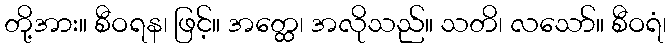
တို့အား။ စီဝရန၊ ဖြင့်။ အတ္ထေ၊ အလိုသည်။ သတိ၊ လသော်။ စီဝရံ၊